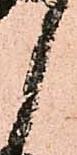
候